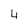
Character: 4